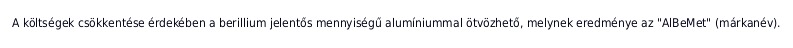
A költségek csökkentése érdekében a berillium jelentős mennyiségű alumíniummal ötvözhető, melynek eredménye az "AlBeMet" (márkanév).